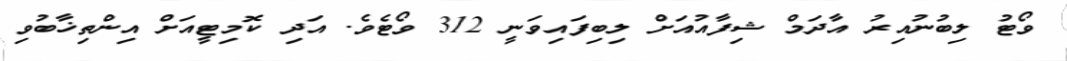
ވޯޓު ލިބުނުއިރު އާދަމް ޝިފާއުއަށް ލިބިފައިވަނީ 312 ވޯޓެވެ. އަދި ކޮމިޓީއަށް އިންތިޚާބުވި